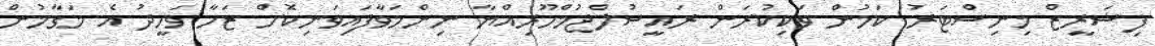
ފިޝަރީޒް މިނިސްޓަރު ކަމުން ވަކިކުރަން ރައީސުލްޖުމްހޫރިއްޔާ ނިންމަވާފައިވަނިކޮށް ޒަހާ ވަހީދު އެ މަގާމުން